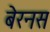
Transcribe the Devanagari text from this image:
बेरनस